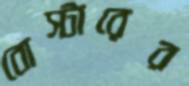
বোস্টারের